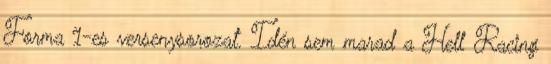
Forma 1-es versenysorozat. Idén sem marad a Hell Racing